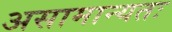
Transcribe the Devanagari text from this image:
असामान्यतः